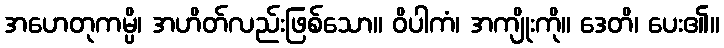
အဟေတုကမ္ပိ၊ အဟိတ်လည်းဖြစ်သော။ ဝိပါကံ၊ အကျိုးကို။ ဒေတိ၊ ပေး၏။